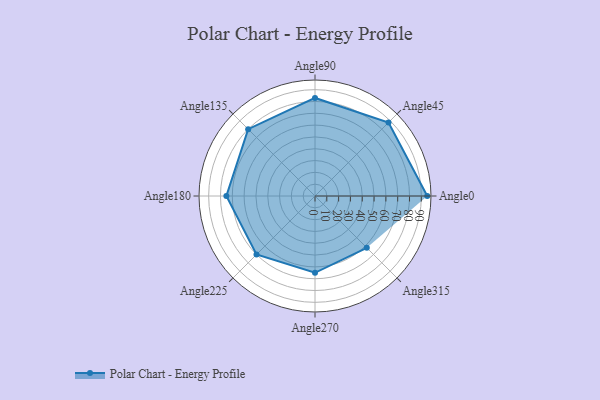
{"axis": {"x": "Angle", "y": "Radius"}, "legend": [""], "data": [{"x": "Angle0", "y": 95.0, "type": ""}, {"x": "Angle45", "y": 88.0, "type": ""}, {"x": "Angle90", "y": 83.0, "type": ""}, {"x": "Angle135", "y": 80.0, "type": ""}, {"x": "Angle180", "y": 75.0, "type": ""}, {"x": "Angle225", "y": 70.0, "type": ""}, {"x": "Angle270", "y": 65.0, "type": ""}, {"x": "Angle315", "y": 62.0, "type": ""}]}